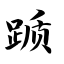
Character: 踬